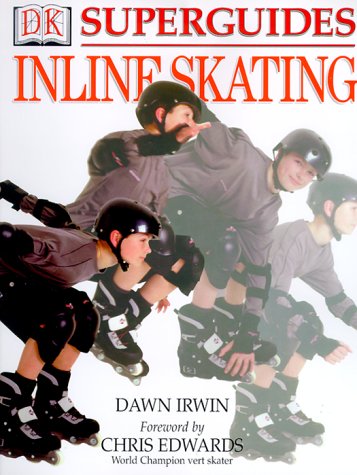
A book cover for Superguides: Inline Skating; Dawn Irwin; Sports & Outdoors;